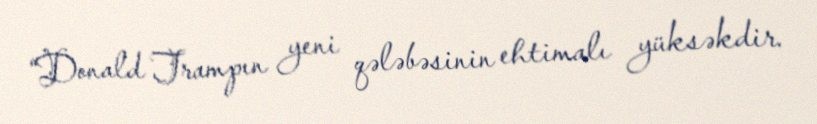
“Donald Trampın yeni qələbəsinin ehtimalı yüksəkdir.